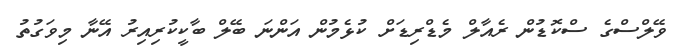
ވޭލްސްގެ ސްކޮޑުން ރެއާލް މެޑްރިޑަށް ކުޅެމުން އަންނަ ބޭލް ބާކީކުރިއިރު އޭނާ މިވަގުތު